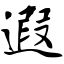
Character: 遐